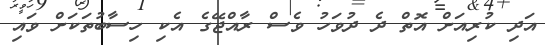
އަދި ކުރިއަށް އޮތް ދެ ދުވަހު ވެސް ރާއްޖޭގެ އެކި ހިސާބުތަކަށް ވައި